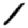
Digit: 1